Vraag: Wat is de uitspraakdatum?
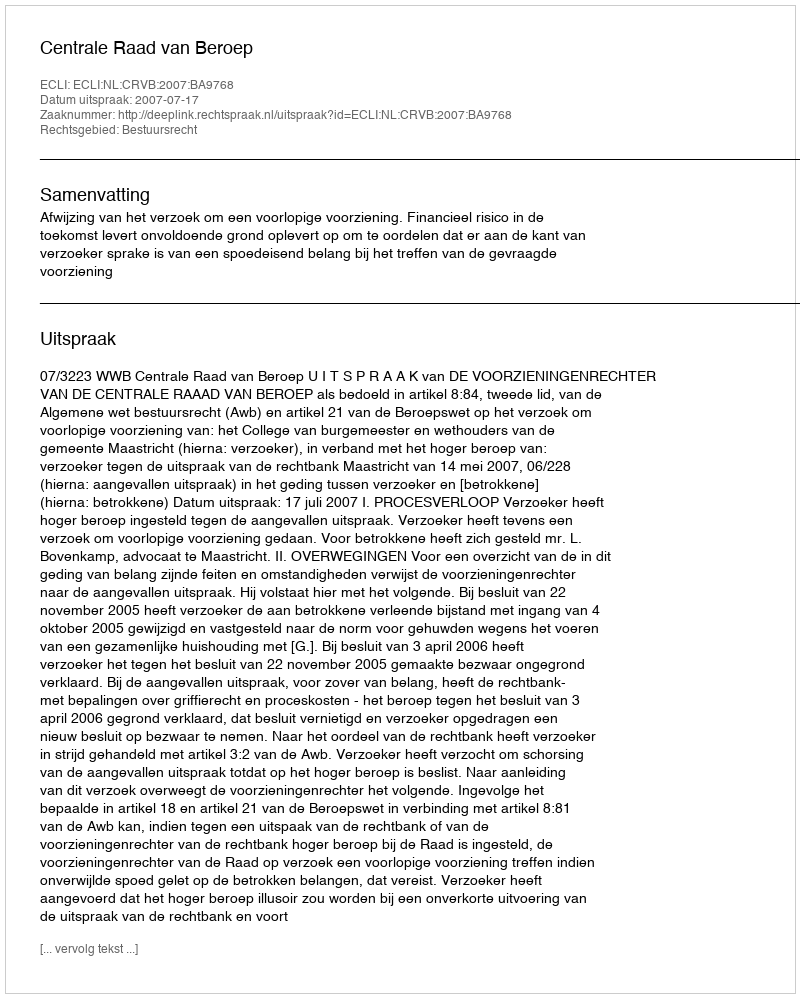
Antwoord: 2007-07-17